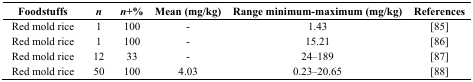
<table><thead><tr><td><b>Foodstuffs</b></td><td><b><i>n</i></b></td><td><b><i>n</i>+%</b></td><td><b>Mean (mg/kg)</b></td><td><b>Range minimum-maximum (mg/kg)</b></td><td><b>References</b></td></tr></thead><tbody><tr><td>Red mold rice</td><td>1</td><td>100</td><td>-</td><td>1.43</td><td>[85]</td></tr><tr><td>Red mold rice</td><td>1</td><td>100</td><td>-</td><td>15.21</td><td>[86]</td></tr><tr><td>Red mold rice</td><td>12</td><td>33</td><td>-</td><td>24–189</td><td>[87]</td></tr><tr><td>Red mold rice</td><td>50</td><td>100</td><td>4.03</td><td>0.23–20.65</td><td>[88]</td></tr></tbody></table>